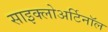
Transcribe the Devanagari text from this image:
साइक्लोअर्टिनॉल